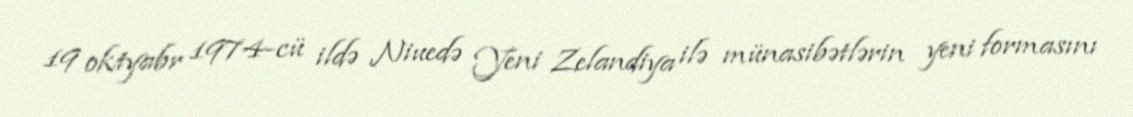
19 oktyabr 1974-cü ildə Niuedə Yeni Zelandiya ilə münasibətlərin yeni formasını